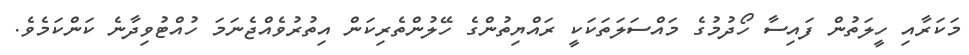
މަކަރާއި ހީލަތުން ފައިސާ ހޯދުމުގެ މައްސަލަތަކަކީ ރައްޔިތުންގެ ހޭލުންތެރިކަން އިތުރުވެއްޖެނަމަ ހުއްޓުވިދާނެ ކަންކަމެވެ.